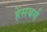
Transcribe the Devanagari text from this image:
हेंसबर्ग